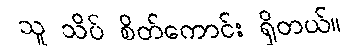
သူ သိပ် စိတ်ကောင်း ရှိတယ်။